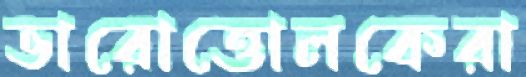
ভারোত্তোলকেরা